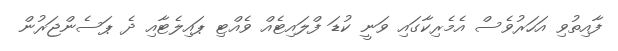
ފާއިތުވި އަހަރުވެސް އެމެރިކާގައި ވަނީ ކުޑަ ފްލައިޓެއް ވެއްޓި ޕައިލެޓާއި ދެ ޕަސެންޖަރުން